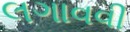
લગાવવી